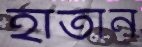
হাতান